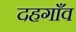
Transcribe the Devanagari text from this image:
दहगाँव